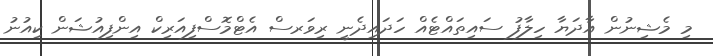
މި މެޝިނުން އާދަޔާ ހިލާފު ސައިތައްޓެއް ހަދައިދެނީ ރިވަރސް އެޓްމޮސްފިއަރިކް އިންފިއުޝަން ކިއުނު